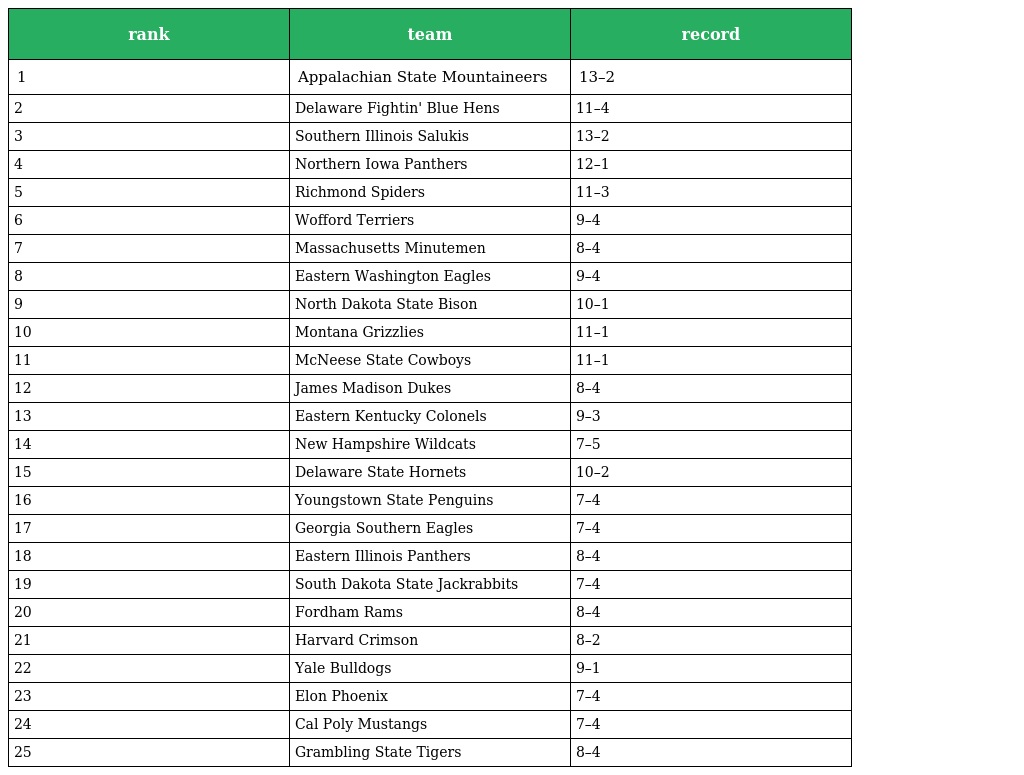
| rank | team | record |
 | --- | --- | --- |
 | 1 | Appalachian State Mountaineers | 13–2 |
 | 2 | Delaware Fightin' Blue Hens | 11–4 |
 | 3 | Southern Illinois Salukis | 13–2 |
 | 4 | Northern Iowa Panthers | 12–1 |
 | 5 | Richmond Spiders | 11–3 |
 | 6 | Wofford Terriers | 9–4 |
 | 7 | Massachusetts Minutemen | 8–4 |
 | 8 | Eastern Washington Eagles | 9–4 |
 | 9 | North Dakota State Bison | 10–1 |
 | 10 | Montana Grizzlies | 11–1 |
 | 11 | McNeese State Cowboys | 11–1 |
 | 12 | James Madison Dukes | 8–4 |
 | 13 | Eastern Kentucky Colonels | 9–3 |
 | 14 | New Hampshire Wildcats | 7–5 |
 | 15 | Delaware State Hornets | 10–2 |
 | 16 | Youngstown State Penguins | 7–4 |
 | 17 | Georgia Southern Eagles | 7–4 |
 | 18 | Eastern Illinois Panthers | 8–4 |
 | 19 | South Dakota State Jackrabbits | 7–4 |
 | 20 | Fordham Rams | 8–4 |
 | 21 | Harvard Crimson | 8–2 |
 | 22 | Yale Bulldogs | 9–1 |
 | 23 | Elon Phoenix | 7–4 |
 | 24 | Cal Poly Mustangs | 7–4 |
 | 25 | Grambling State Tigers | 8–4 |